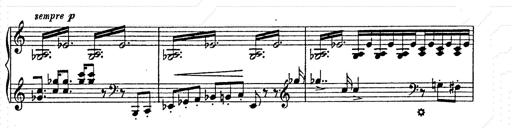
Title: AnnÃ©es de pÃ¨lerinage II
Composer: Franz Liszt